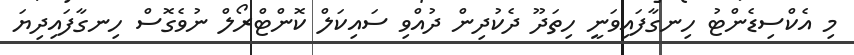
މި އެކްސިޑެންޓު ހިނގާފައިވަނީ ހިތަދޫ ދެކުދިން ދުއްވި ސައިކަލް ކޮންޓްރޯލް ނުވެގޮސް ހިނގާފައިދިޔަ